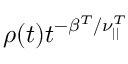
\rho ( t ) t ^ { - \beta ^ { T } / \nu _ { | | } ^ { T } }